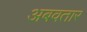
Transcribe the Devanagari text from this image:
अबवतार